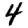
Digit: 4